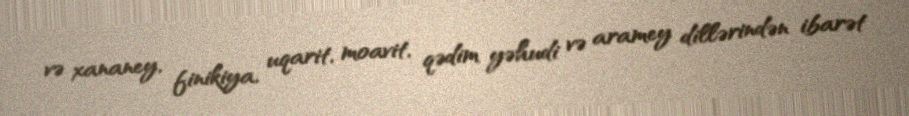
və xananey, finikiya, uqarit, moavit, qədim yəhudi və aramey dillərindən ibarət